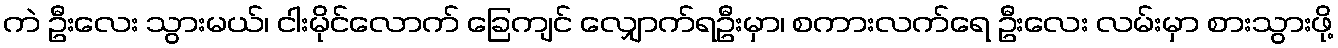
ကဲ ဦးလေး သွားမယ်၊ ငါးမိုင်လောက် ခြေကျင် လျှောက်ရဦးမှာ၊ စကားလက်ရေ ဦးလေး လမ်းမှာ စားသွားဖို့